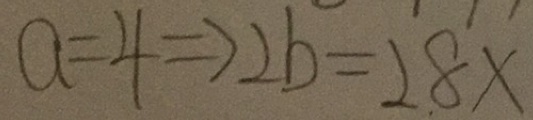
a = 4 \Rightarrow 2 b = 2 8 x